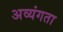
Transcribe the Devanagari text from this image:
अव्यंगता